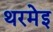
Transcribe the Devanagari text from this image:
थरमेइ